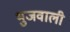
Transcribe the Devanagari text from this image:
भुजवाली